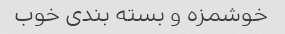
خوشمزه و بسته بندی خوب